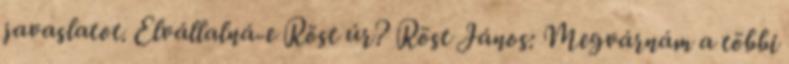
javaslatot. Elvállalná-e Röst úr? Röst János: Megvárnám a többi